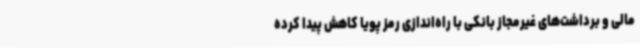
مالی و برداشت‌های غیرمجاز بانکی با راه‌اندازی رمز پویا کاهش پیدا کرده